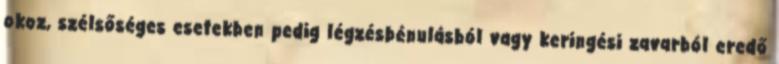
okoz, szélsőséges esetekben pedig légzésbénulásból vagy keringési zavarból eredő